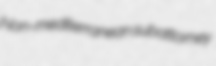
Non-mediterranean subattorney